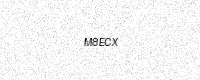
Text: M8ECX